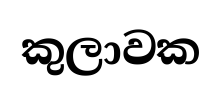
කුලාවක